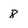
Character: 8